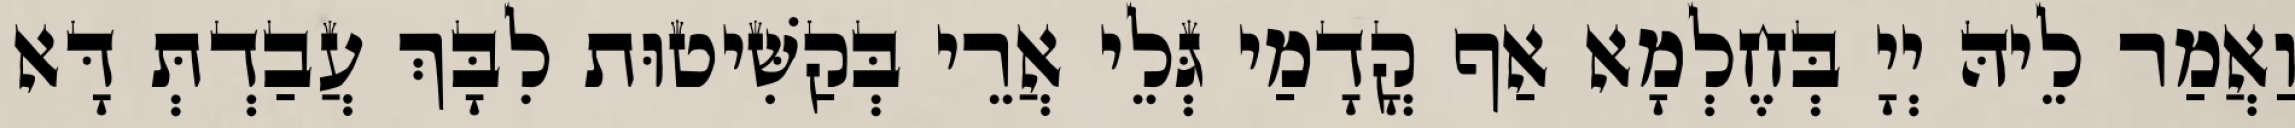
וַאֲמַר לֵיהּ יְיָ בְּחֶלְמָא אַף קֳדָמַי גְּלֵי אֲרֵי בְּקַשִּׁיטוּת לִבָּךְ עֲבַדְתְּ דָּא